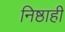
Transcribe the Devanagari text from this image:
निष्ठाही